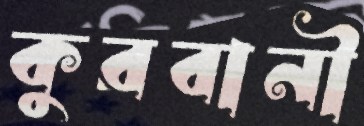
কুরবানী